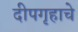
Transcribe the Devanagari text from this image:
दीपगृहाचे